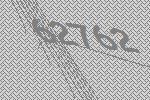
62762